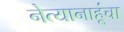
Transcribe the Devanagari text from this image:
नेत्यानाहूंचा